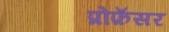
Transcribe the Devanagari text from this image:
प्रोफ़ॅसर